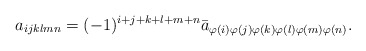
\begin{align*}a_{ijklmn}=(-1)^{i+j+k+l+m+n}\bar{a}_{\varphi(i)\varphi(j)\varphi(k)\varphi(l)\varphi(m)\varphi(n)}. \end{align*}